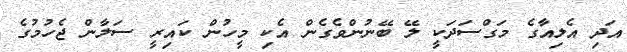
އަދި އެލިއާގެ މަގްސަދަކީ ލޭ ބޭނުންވެގެން އެކި މީހުން ކައިރީ ސަލާން ޖެހުމުގެ